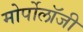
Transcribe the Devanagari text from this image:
मोर्पोलॉजी